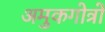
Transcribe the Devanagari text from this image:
अमुकगोत्रो